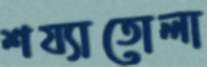
শয্যাতোলা